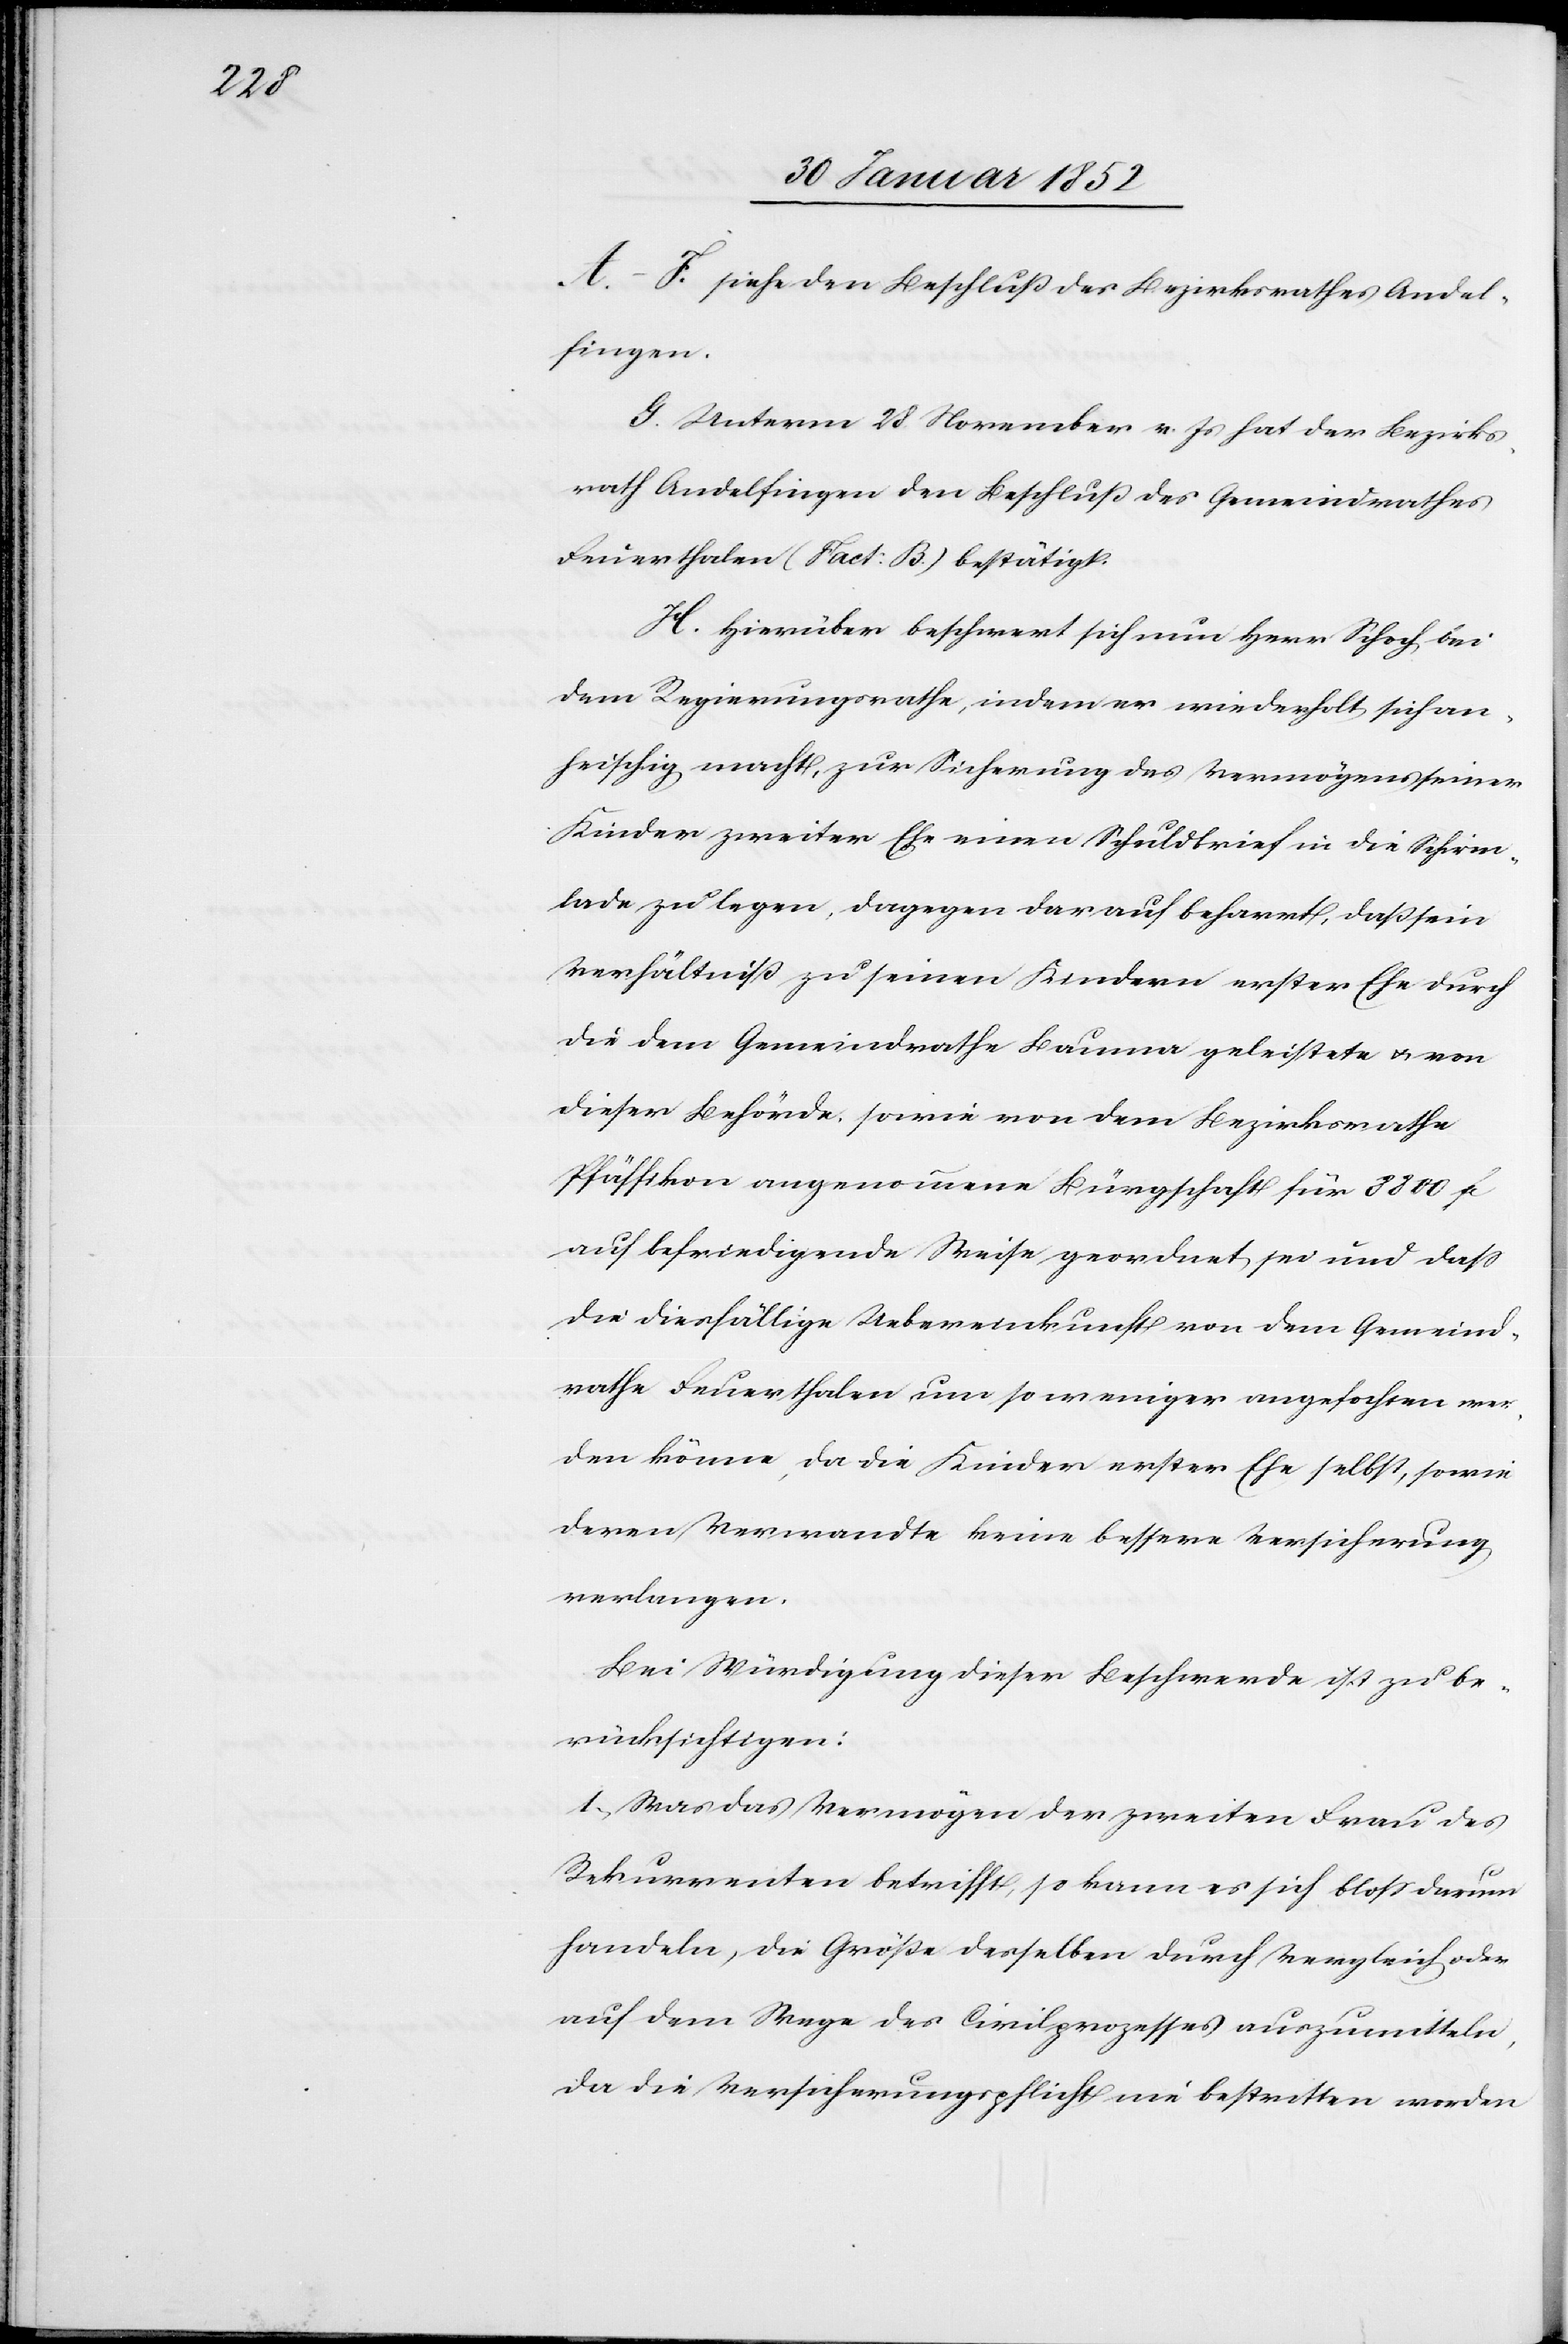
A.–F. siehe den Beschluß des Bezirksrathes Andel¬
fingen.
G. Unterm 28 November v. Js hat der Bezirks¬
rath Andelfingen den Beschluß des Gemeindrathes
Feuerthalen (Fact: B.) bestätigt.
H. Hierüber beschwert sich nun Herr Schoch bei
dem Regierungsrathe, indem er wiederholt sich an¬
heischig macht, zur Sicherung des Vermögens seiner
Kinder zweiter Ehe einen Schuldbrief in die Schirm¬
lade zu legen, dagegen darauf beharrt, daß sein
Verhältniß zu seinen Kindern erster Ehe durch
die dem Gemeindrathe Bauma geleistete u. von
dieser Behörde, sowie von dem Bezirksrathe
Pfäffikon angenommene Bürgschaft für 8800 f
auf befriedigende Weise geordnet sei und daß
die dießfällige Uebereinkunft von dem Gemeind¬
rathe Feuerthalen um so weniger angefochten wer¬
den könne, da die Kinder erster Ehe selbst, sowie
deren Verwandte keine bessere Versicherung
verlangen.
Bei Würdigung dieser Beschwerde ist zu be¬
rücksichtigen:
1.) Was das Vermögen der zweiten Frage des
Rekurrenten betrifft, so kann es sich bloss darum
handeln, die Größe derselben durch Vergleich oder
auf dem Wege des Civilprozesses auszumitteln,
da die Versicherungspflicht nie bestritten worden